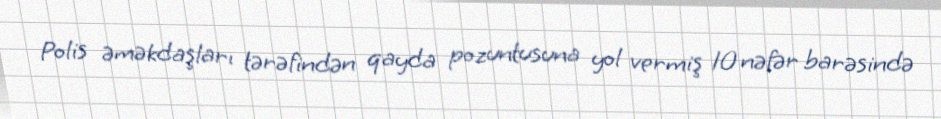
Polis əməkdaşları tərəfindən qayda pozuntusuna yol vermiş 10 nəfər barəsində